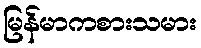
မြန်မာကစားသမား